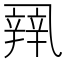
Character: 𰁏